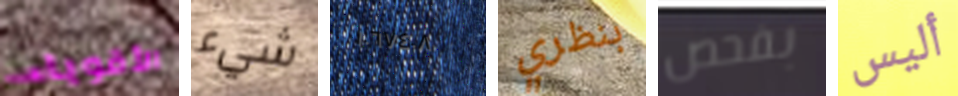
الأقوياء شيء ١٠٦٧٤٠٨ بنظري بفحص أليس